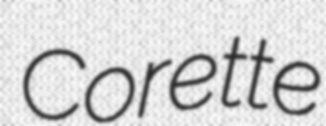
Corette